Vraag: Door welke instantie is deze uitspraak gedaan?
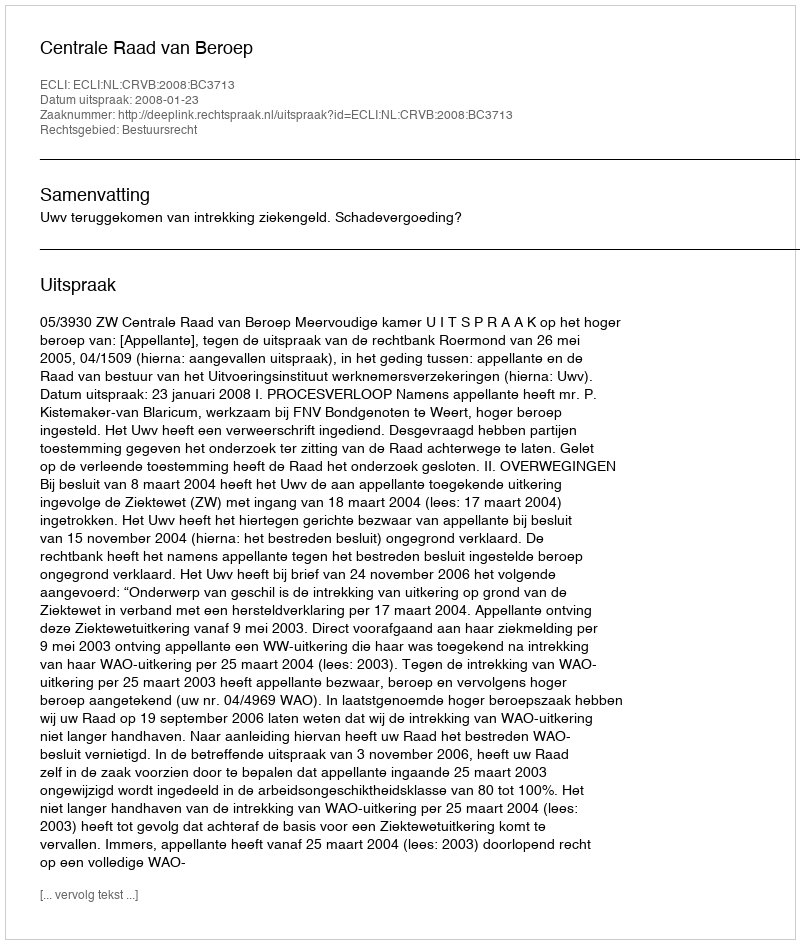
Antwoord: Centrale Raad van Beroep